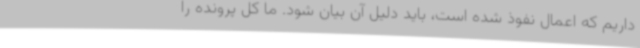
داریم که اعمال نفوذ شده است، باید دلیل آن بیان شود. ما کل پرونده را